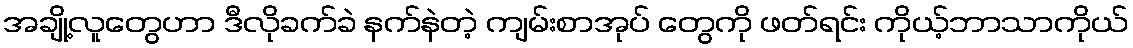
အချို့လူတွေဟာ ဒီလိုခက်ခဲ နက်နဲတဲ့ ကျမ်းစာအုပ် တွေကို ဖတ်ရင်း ကိုယ့်ဘာသာကိုယ်